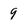
Character: 9